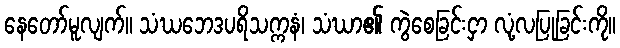
နေတော်မူလျက်။ သံဃဘေဒပရိသက္ကနံ၊ သံဃာ၏ ကွဲစေခြင်းငှာ လုံ့လပြုခြင်းကို။